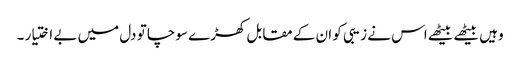
وہیں بیٹھے بیٹھے اس نے زیبی کو ان کے مقابل کھڑے سوچا تو دل میں بے اختیار ۔